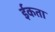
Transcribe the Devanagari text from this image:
ईकता